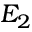
E _ { 2 }